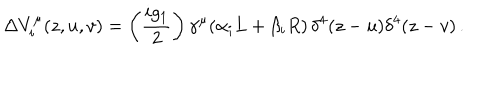
\Delta V _ { i } ^ { \mu } ( z , u , v ) = \left( \frac { i g _ { 1 } } { 2 } \right) \gamma ^ { \mu } ( \alpha _ { i } L + \beta _ { i } R ) \, \delta ^ { 4 } ( z - u ) \delta ^ { 4 } ( z - v ) \, .